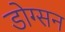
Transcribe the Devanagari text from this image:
डोग्सन